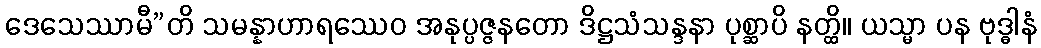
ဒေသေဿာမီ”တိ သမန္နာဟာရဿေဝ အနုပ္ပဇ္ဇနတော ဒိဋ္ဌသံသန္ဒနာ ပုစ္ဆာပိ နတ္ထိ။ ယသ္မာ ပန ဗုဒ္ဓါနံ